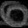
Digit: ၀